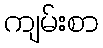
ကျမ်းစာ